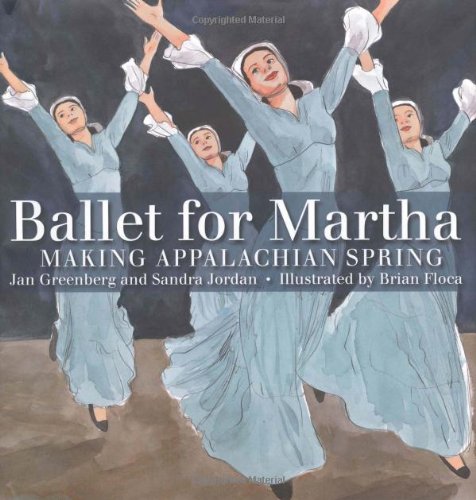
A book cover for Ballet for Martha: Making Appalachian Spring (Orbis Pictus Award for Outstanding Nonfiction for Children (Awards)); Jan Greenberg; Children's Books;